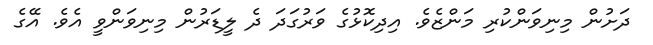
ދަށުން މިނިވަންކުރި މަންޒެވެ. އިދިކޮޅުގެ ވަރުގަދަ ދެ ލީޑަރުން މިނިވަންވީ އެވެ. އޭގެ